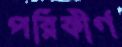
পরিকীর্ণ